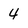
Character: 4